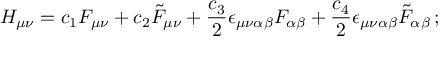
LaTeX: { \cal H } _ { \mu \nu } = c _ { 1 } F _ { \mu \nu } + c _ { 2 } \tilde { F } _ { \mu \nu } + { \frac { c _ { 3 } } { 2 } } \epsilon _ { \mu \nu \alpha \beta } F _ { \alpha \beta } + { \frac { c _ { 4 } } { 2 } } \epsilon _ { \mu \nu \alpha \beta } \tilde { F } _ { \alpha \beta } \, ;